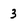
Character: 3